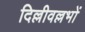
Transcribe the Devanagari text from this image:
दिल्लीवल्लभों